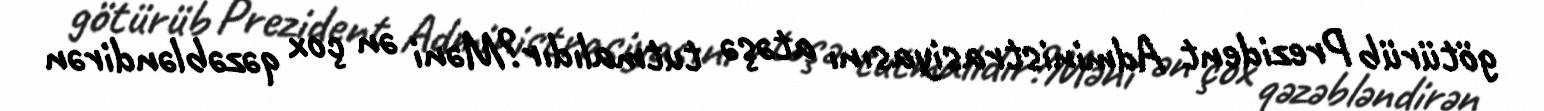
götürüb Prezident Administrasiyasını atəşə tutmalıdır?Məni ən çox qəzəbləndirən